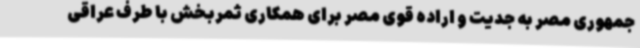
جمهوری مصر به جدیت و اراده قوی مصر برای همکاری ثمربخش با طرف عراقی